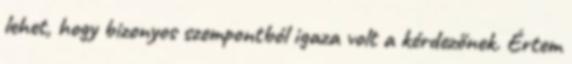
lehet, hogy bizonyos szempontból igaza volt a kérdezőnek. Értem